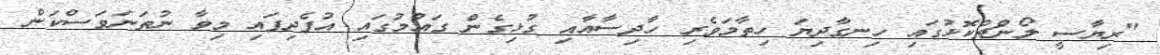
"ރިޔާސީ ލޯންޗްކޮޅުގައި ހިނގާދިޔަ ހިތާމަވެރި ހާދިސާއާއި ގުޅިގެން ގައުމުގައި އުފެދިފައި މިވާ ނުތަނަވަސްކަން